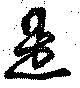
是